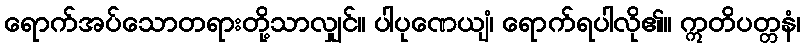
ရောက်အပ်သောတရားတို့သာလျှင်။ ပါပုဏေယျံ၊ ရောက်ရပါလို၏။ ဣတိပတ္တနံ၊